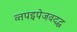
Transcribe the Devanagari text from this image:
व्तपइपेजवदद्ध